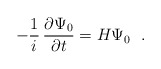
\begin{align*}- {1\over i} \, {\partial \Psi_0 \over \partial t} = H \Psi_0 ~~.\end{align*}